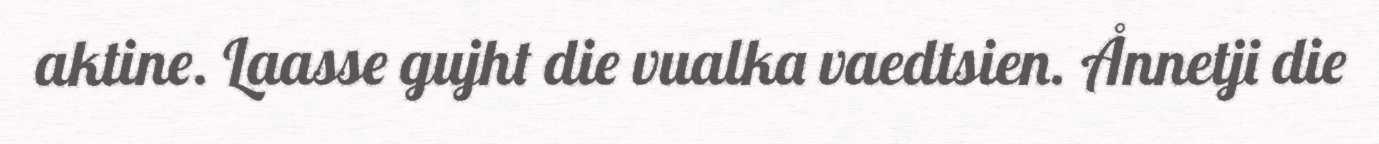
aktine. Laasse gujht die vualka vaedtsien. Ånnetji die